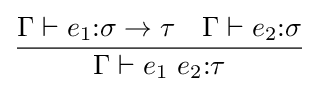
{\frac {\Gamma \vdash e_{1}{\mathbin {:}}\sigma \to \tau \quad \Gamma \vdash e_{2}{\mathbin {:}}\sigma }{\Gamma \vdash e_{1}~e_{2}{\mathbin {:}}\tau }}